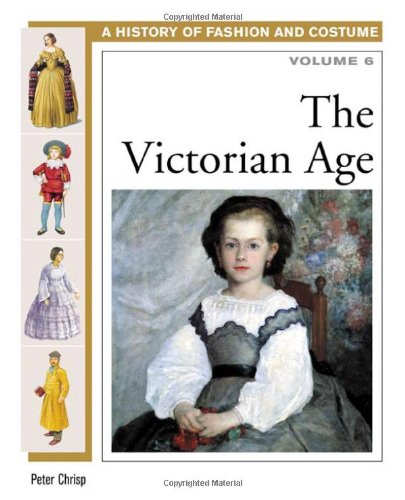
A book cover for The Victorian Age (History of Costume and Fashion); Peter Chrisp; Teen & Young Adult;